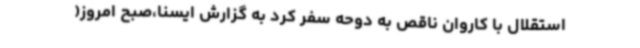
استقلال با کاروان ناقص به دوحه سفر کرد به گزارش ایسنا،‌صبح امروز(